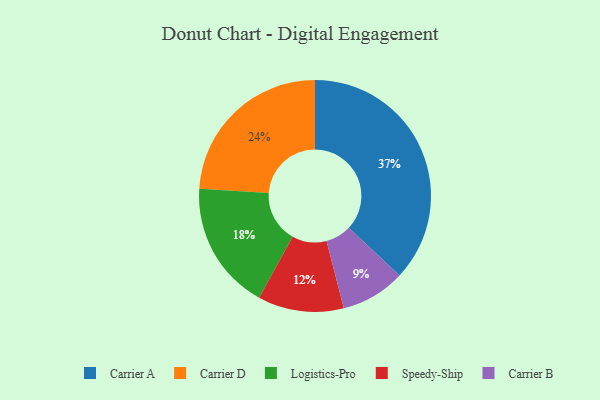
{"axis": {"x": "Category", "y": "Percentage"}, "legend": ["Carrier A", "Carrier B", "Carrier D", "Logistics-Pro", "Speedy-Ship"], "data": [{"x": "Speedy-Ship", "y": 12, "type": "Speedy-Ship"}, {"x": "Carrier B", "y": 9, "type": "Carrier B"}, {"x": "Logistics-Pro", "y": 18, "type": "Logistics-Pro"}, {"x": "Carrier D", "y": 24, "type": "Carrier D"}, {"x": "Carrier A", "y": 37, "type": "Carrier A"}]}